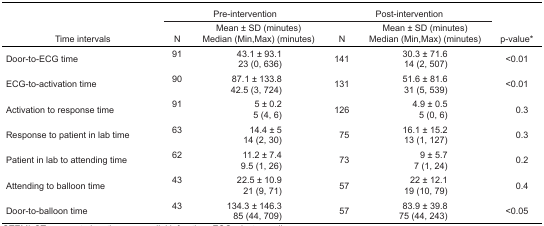
<table><thead><tr><td></td><td colspan="2"><b>Pre-intervention</b></td><td colspan="2"><b>Post-intervention</b></td><td></td></tr><tr><td><b>Time intervals</b></td><td><b>N</b></td><td><b>Mean ± SD (minutes)Median (Min,Max) (minutes)</b></td><td><b>N</b></td><td><b>Mean ± SD (minutes)Median (Min,Max) (minutes)</b></td><td><b>p-value*</b></td></tr></thead><tbody><tr><td>Door-to-ECG time</td><td>91</td><td>43.1 ± 93.123 (0, 636)</td><td>141</td><td>30.3 ± 71.614 (2, 507)</td><td>&lt;0.01</td></tr><tr><td>ECG-to-activation time</td><td>90</td><td>87.1 ± 133.842.5 (3, 724)</td><td>131</td><td>51.6 ± 81.631 (5, 539)</td><td>&lt;0.01</td></tr><tr><td>Activation to response time</td><td>91</td><td>5 ± 0.25 (4, 6)</td><td>126</td><td>4.9 ± 0.55 (0, 6)</td><td>0.3</td></tr><tr><td>Response to patient in lab time</td><td>63</td><td>14.4 ± 514 (2, 30)</td><td>75</td><td>16.1 ± 15.213 (1, 127)</td><td>0.3</td></tr><tr><td>Patient in lab to attending time</td><td>62</td><td>11.2 ± 7.49.5 (1, 26)</td><td>73</td><td>9 ± 5.77 (1, 24)</td><td>0.2</td></tr><tr><td>Attending to balloon time</td><td>43</td><td>22.5 ± 10.921 (9, 71)</td><td>57</td><td>22 ± 12.119 (10, 79)</td><td>0.4</td></tr><tr><td>Door-to-balloon time</td><td>43</td><td>134.3 ± 146.385 (44, 709)</td><td>57</td><td>83.9 ± 39.875 (44, 243)</td><td>&lt;0.05</td></tr></tbody></table>